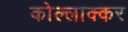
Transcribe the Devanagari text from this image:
कोल्लाक्कर